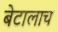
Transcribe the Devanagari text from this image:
बेटालाच